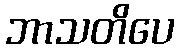
ဘာသတိပေ